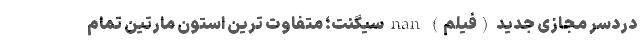
دردسر مجازی جدید (فیلم) nan سیگنت؛ متفاوت ترین استون مارتین تمام